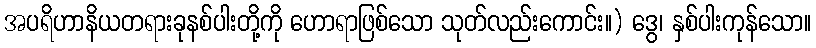
အပရိဟာနိယတရားခုနစ်ပါးတို့ကို ဟောရာဖြစ်သော သုတ်လည်းကောင်း။) ဒွေ၊ နှစ်ပါးကုန်သော။